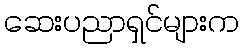
ဆေးပညာရှင်များက